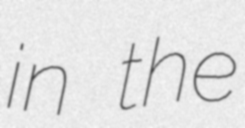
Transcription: in the